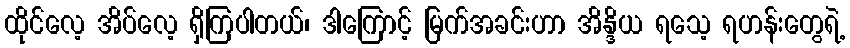
ထိုင်လေ့ အိပ်လေ့ ရှိကြပါတယ်၊ ဒါကြောင့် မြက်အခင်းဟာ အိန္ဒိယ ရသေ့ ရဟန်းတွေရဲ့